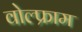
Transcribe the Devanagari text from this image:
वोल्फ्राम